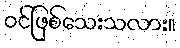
ဝင်ဖြစ်သေးသလား။